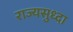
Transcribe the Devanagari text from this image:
राज्यसुध्दा